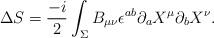
LaTeX: \begin{align*}\Delta S=\frac{-i}{2} \int_{\Sigma}B_{\mu \nu} \epsilon ^{ab} \partial_{a}X^{\mu}\partial_{b}X^{\nu}.\end{align*}